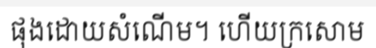
ផុងដោយសំណើម។ ហើយក្រសោម